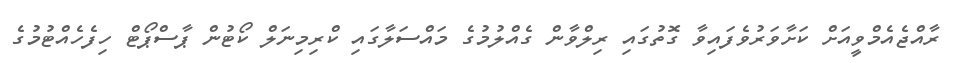
ރާއްޖެއެމްވީއަށް ކަށާވަރުވެފައިވާ ގޮތުގައި ރިލްވާން ގެއްލުމުގެ މައްސަލާގައި ކްރިމިނަލް ކޯޓުން ޕާސްޕޯޓް ހިފެހެއްޓުމުގެ